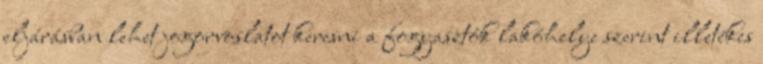
eljárásban lehet jogorvoslatot keresni a fogyasztók lakóhelye szerint illetékes